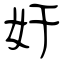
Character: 奸